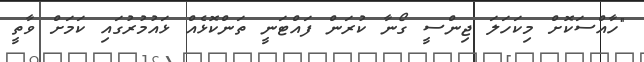
"ހާއްސަކޮށް މިކަހަލަ ޖިންސީ ގޯނާ ކުރަން ފައްޓަނީ ތަންކޮޅެއް ޅައުމުރުގައި ކަމަށް ވާތީ